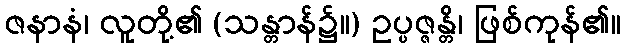
ဇနာနံ၊ လူတို့၏ (သန္တာန်၌။) ဥပ္ပဇ္ဇန္တိ၊ ဖြစ်ကုန်၏။